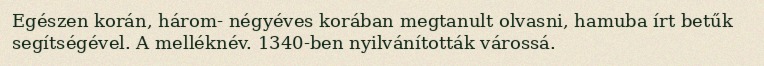
Egészen korán, három- négyéves korában megtanult olvasni, hamuba írt betűk segítségével. A melléknév. 1340-ben nyilvánították várossá.